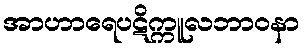
အာဟာရေပဋိက္ကူလဘာဝနာ